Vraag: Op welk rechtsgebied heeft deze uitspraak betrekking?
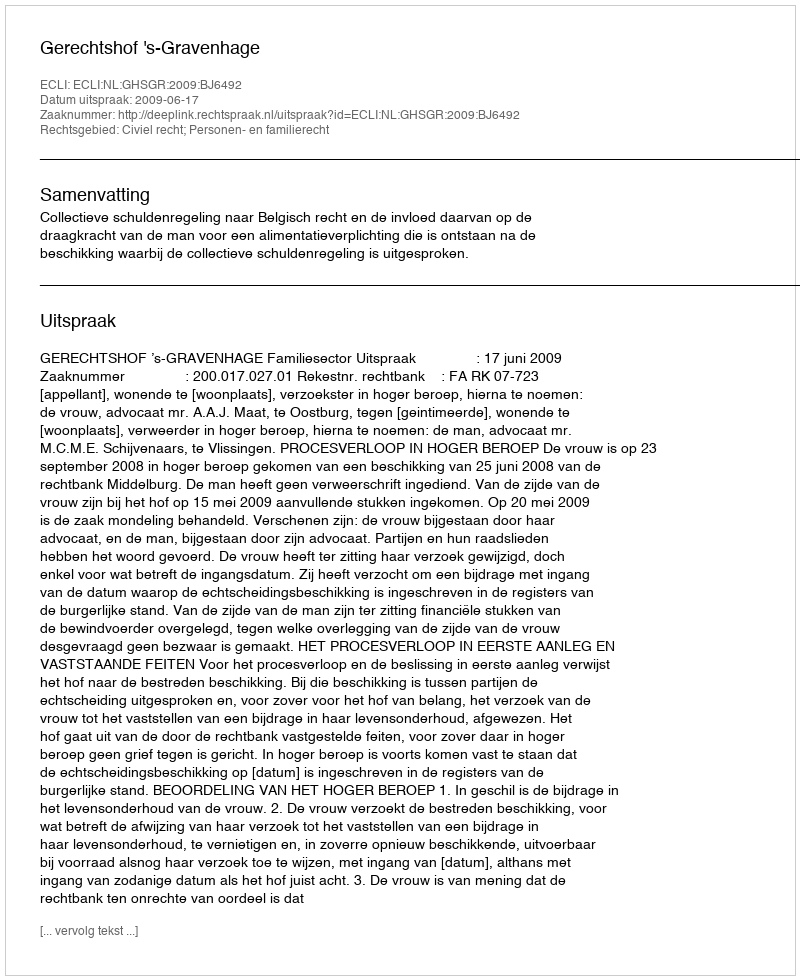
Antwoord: Civiel recht; Personen- en familierecht